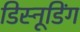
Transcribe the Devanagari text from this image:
डिस्नूडिंग